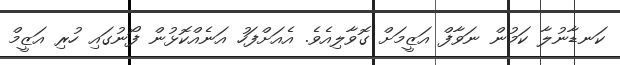
ކަނޑާނުލާ ކަމުން ނަވާފް އަޒީމަށް ގޮވާލިއެވެ. އެއަށްފަހު އަަނެއްކޮޅުން ފޯނުގައި ހުރި އަޒީމް